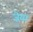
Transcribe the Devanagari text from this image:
ज़ेया